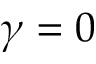
\gamma = 0